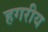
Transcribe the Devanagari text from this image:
हगरीय